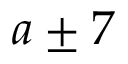
a \pm 7